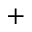
+